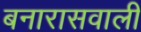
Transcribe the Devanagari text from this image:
बनारासवाली